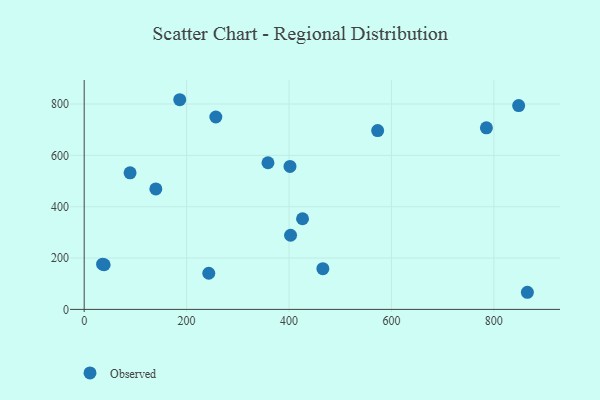
{"axis": {"x": "Investment", "y": "Profit"}, "legend": ["Observed"], "data": [{"x": "39.0", "y": 174.0, "type": "Observed"}, {"x": "243.3", "y": 140.8, "type": "Observed"}, {"x": "89.6", "y": 532.1, "type": "Observed"}, {"x": "139.9", "y": 469.3, "type": "Observed"}, {"x": "36.0", "y": 176.0, "type": "Observed"}, {"x": "573.1", "y": 696.8, "type": "Observed"}, {"x": "401.9", "y": 556.9, "type": "Observed"}, {"x": "426.4", "y": 353.2, "type": "Observed"}, {"x": "257.1", "y": 749.6, "type": "Observed"}, {"x": "865.5", "y": 66.7, "type": "Observed"}, {"x": "466.1", "y": 158.7, "type": "Observed"}, {"x": "848.5", "y": 794.0, "type": "Observed"}, {"x": "403.0", "y": 288.9, "type": "Observed"}, {"x": "186.6", "y": 816.8, "type": "Observed"}, {"x": "785.5", "y": 707.3, "type": "Observed"}, {"x": "358.9", "y": 571.2, "type": "Observed"}]}